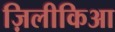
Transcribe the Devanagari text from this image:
ज़िलीकिआ